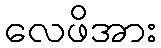
လေဖိအား